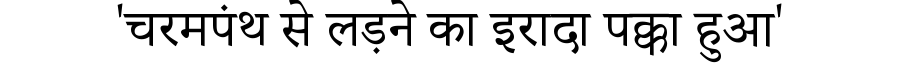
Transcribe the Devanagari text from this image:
'चरमपंथ से लड़ने का इरादा पक्का हुआ'